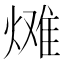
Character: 𪹠